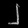
Digit: ၂